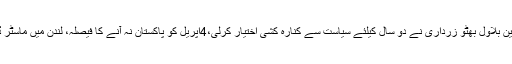
2015ء)پیپلز پارٹی کے چیئرمین بلاول بھٹو زرداری نے دو سال کیلئے سیاست سے کنارہ کشی اختیار کرلی،4اپریل کو پاکستان نہ آنے کا فیصلہ، لندن میں ماسٹر ڈگری پروگرام میں داخلہ لے لیا۔